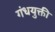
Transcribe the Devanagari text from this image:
गंधयुक्ती